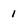
Character: i